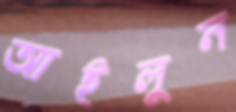
আইলুন